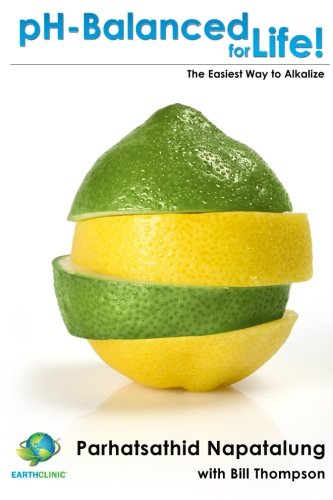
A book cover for pH Balanced for Life!: The Easiest Way to Alkalize; Parhatsathid Napatalung; Health, Fitness & Dieting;